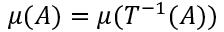
\mu ( A ) = \mu ( T ^ { - 1 } ( A ) )